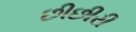
છીછીરી